system: You are a helpful assistant.
user:
Analyze the provided spectrum to determine if it is a **M-type Giant (gM)**.

A M-type Giant spectrum is defined by its **strong molecular absorption** features, particularly from **Titanium Oxide (TiO)**. You must check for one of the following mutually exclusive signatures:

- **Key Visual Indicators (Absorption-Dominated Spectrum):**

    - **(Primary):** The spectrum is dominated by strong molecular absorption from **Titanium Oxide (TiO)**. This is the **defining feature** of its M-type temperature class.
        - **(Key Bandheads):** Look for sharp, "saw-tooth" absorption valleys. The strongest are located near **~7050 Å**, **~6160 Å**, and **~5170 Å**.
        - **(Line Profile):** The "saw-tooth" morphology is critical: a **sharp, steep drop on the BLUE (short-wavelength) side** of the bandhead, followed by a gradual recovery (rising flux) towards the RED (long-wavelength) side.

    - **(Key Confirmation - Giant vs. Dwarf):** **ABSENCE** of strong **Calcium Hydride (CaH)** molecular bands. This is the primary diagnostic for *excluding* M-dwarfs.
        - **(Key Region):** The spectrum should lack the strong, broad absorption band seen in dwarfs between **~6800 Å and ~7000 Å**.

    - **(Secondary Confirmation - Giant):** A very strong and broad **Neutral Calcium (Ca I)** atomic absorption line.
        - **(Key Line):** Located at **~4226 Å**. In a giant (gM), this line is significantly deeper and broader than the same line in an M-dwarf (dM) due to low surface gravity.

    - **(Overall Spectrum):**
        - The continuum is **extremely red-sloping** (i.e., flux is very low in the blue and rises dramatically towards the red).
        - The entire spectrum appears "chopped up" by the deep TiO bands.

Think first, call **spectral_visualization_tool** if needed to examine features in detail, then provide your final answer. Your response must adhere to the following strict rules:
1.  **Overall Structure:** Your response must follow the format `<think>...</think> <tool_call>...</tool_call> (if a tool is used) <answer>...</answer>`.
2.  **Tool Usage Constraint:** You may only make **one** tool call per turn.
3.  **Final Answer Format:** In the `<answer>` tag, your conclusion must be inside a `\boxed{}` command (e.g., `\boxed{YES}` or `\boxed{NO}`), followed by your justification.

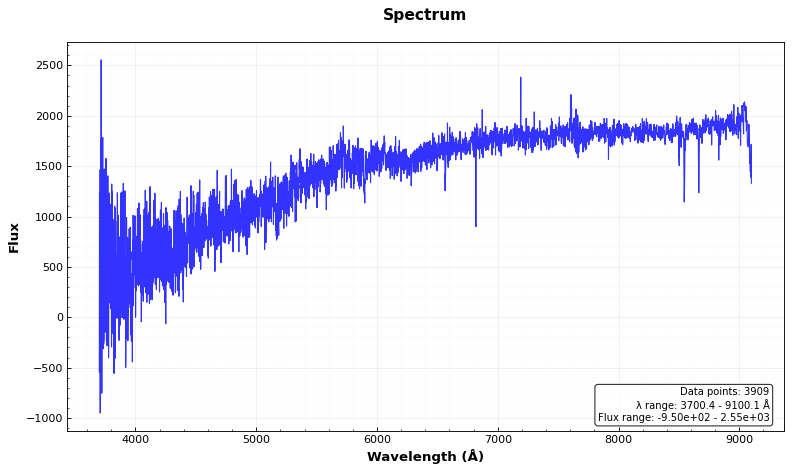
Answer: NO